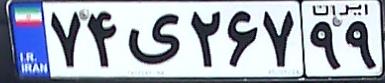
۷۴ی۲۶۷۹۹